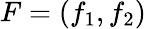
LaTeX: F=(f_{1},f_{2})